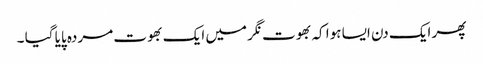
پھر ایک دن ایسا ہوا کہ بھوت نگر میں ایک بھوت مردہ پایا گیا ۔